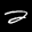
Label: 2